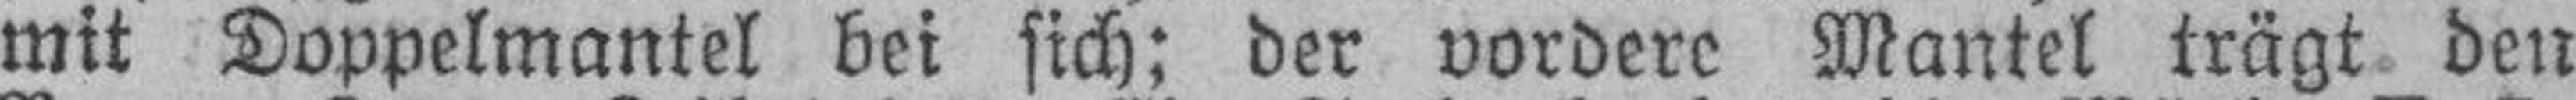
mit Doppelmantel bei sich; der vordere Mantel trägt den